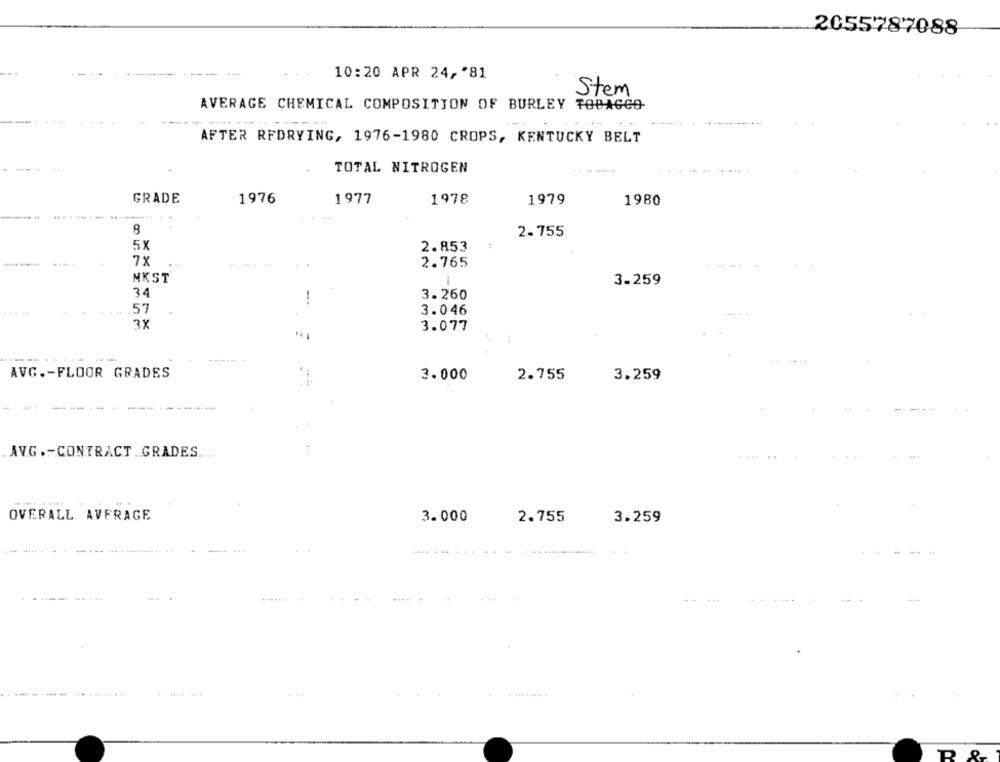
2055787088
--- -
10:20 APR 24, '81
Stem
AVERAGE CHEMICAL COMPOSITION OF BURLEY TOBACCO
AFTER RFDRYING, 1976-1980 CROPS, KENTUCKY BELT
TOTAL NITROGEN
GRADE
1976
1977
1978
1979
1980
8
2.755
5X
2.853
78
2.765
NKST
3.259
34
3.260
57
3.046
3X
3.077
AVG .- FLOOR GRADES
3.000
2.755
3.259
AVG .- CONTRACT GRADES ....
OVERALL AVFRAGE
3.000
2.755
3.259
......
....
..... . ....